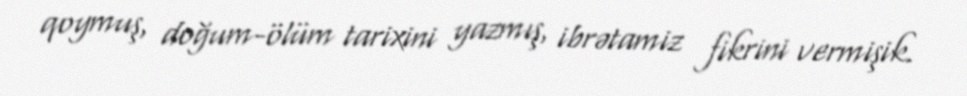
qoymuş, doğum-ölüm tarixini yazmış, ibrətamiz fikrini vermişik.